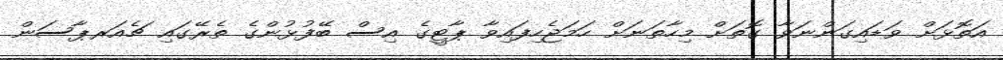
އަތޮޅަށް ވަޑައިގަންނަވާ ގޮތަށް މިހާތަނަށް ހަމަޖެހިފައިވާ ޕާޓީގެ އިސް ބޭފުޅުންގެ ތެރޭގައި ޗެއަރޕާސަން